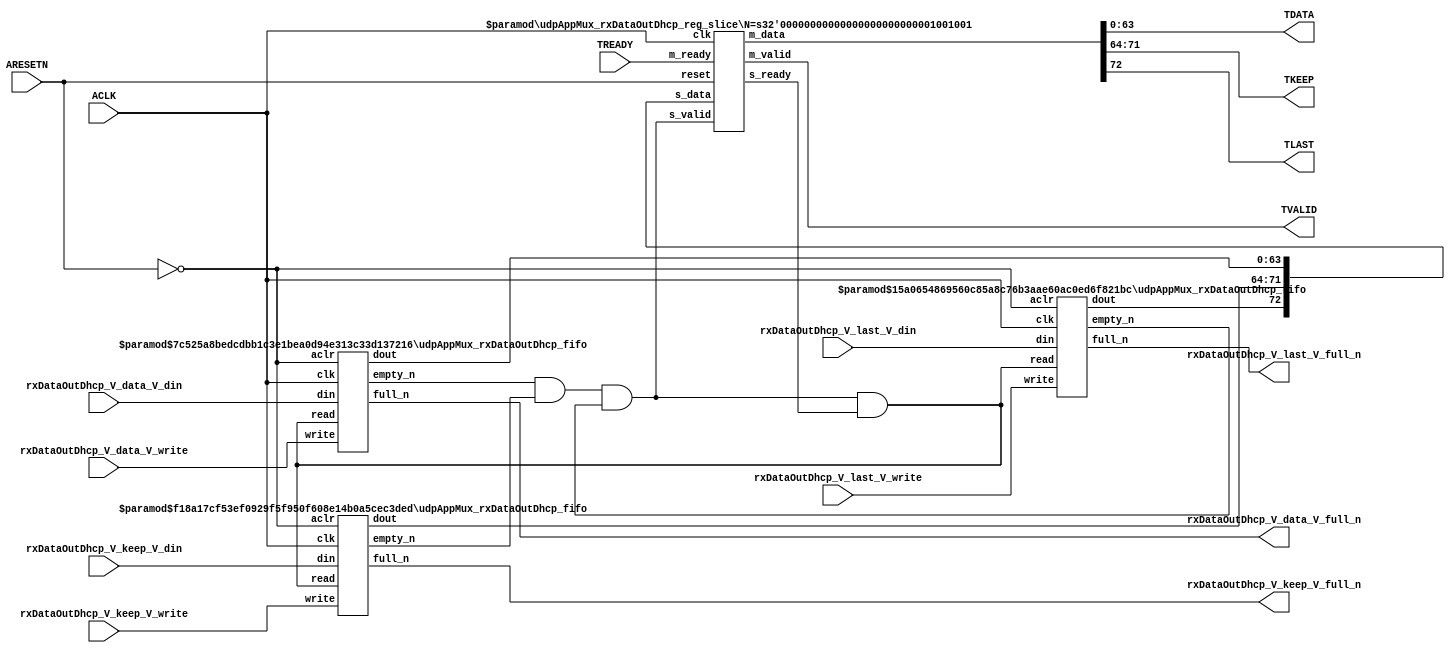
// ==============================================================
// File generated by Vivado(TM) HLS - High-Level Synthesis from C, C++ and SystemC
// Version: 2015.1
// Copyright (C) 2015 Xilinx Inc. All rights reserved.
// 
// ==============================================================


`timescale 1ns/1ps

module udpAppMux_rxDataOutDhcp_if (
    // AXI4-Stream singals
    input  wire        ACLK,
    input  wire        ARESETN,
    output wire        TVALID,
    input  wire        TREADY,
    output wire [63:0] TDATA,
    output wire [7:0]  TKEEP,
    output wire [0:0]  TLAST,
    // User signals
    input  wire [63:0] rxDataOutDhcp_V_data_V_din,
    output wire        rxDataOutDhcp_V_data_V_full_n,
    input  wire        rxDataOutDhcp_V_data_V_write,
    input  wire [7:0]  rxDataOutDhcp_V_keep_V_din,
    output wire        rxDataOutDhcp_V_keep_V_full_n,
    input  wire        rxDataOutDhcp_V_keep_V_write,
    input  wire [0:0]  rxDataOutDhcp_V_last_V_din,
    output wire        rxDataOutDhcp_V_last_V_full_n,
    input  wire        rxDataOutDhcp_V_last_V_write
);
//------------------------Local signal-------------------
// FIFO
wire [0:0]  fifo_read;
wire [0:0]  fifo_empty_n;
wire [63:0] rxDataOutDhcp_V_data_V_dout;
wire [0:0]  rxDataOutDhcp_V_data_V_empty_n;
wire [7:0]  rxDataOutDhcp_V_keep_V_dout;
wire [0:0]  rxDataOutDhcp_V_keep_V_empty_n;
wire [0:0]  rxDataOutDhcp_V_last_V_dout;
wire [0:0]  rxDataOutDhcp_V_last_V_empty_n;
// register slice
wire [0:0]  s_valid;
wire [0:0]  s_ready;
wire [72:0] s_data;
wire [0:0]  m_valid;
wire [0:0]  m_ready;
wire [72:0] m_data;

//------------------------Instantiation------------------
// rs
udpAppMux_rxDataOutDhcp_reg_slice #(
    .N       ( 73 )
) rs (
    .clk     ( ACLK ),
    .reset   ( ARESETN ),
    .s_data  ( s_data ),
    .s_valid ( s_valid ),
    .s_ready ( s_ready ),
    .m_data  ( m_data ),
    .m_valid ( m_valid ),
    .m_ready ( m_ready )
);

// rxDataOutDhcp_V_data_V_fifo
udpAppMux_rxDataOutDhcp_fifo #(
    .DATA_BITS  ( 64 ),
    .DEPTH_BITS ( 4 )
) rxDataOutDhcp_V_data_V_fifo (
    .clk        ( ACLK ),
    .aclr       ( ~ARESETN ),
    .empty_n    ( rxDataOutDhcp_V_data_V_empty_n ),
    .full_n     ( rxDataOutDhcp_V_data_V_full_n ),
    .read       ( fifo_read ),
    .write      ( rxDataOutDhcp_V_data_V_write ),
    .dout       ( rxDataOutDhcp_V_data_V_dout ),
    .din        ( rxDataOutDhcp_V_data_V_din )
);

// rxDataOutDhcp_V_keep_V_fifo
udpAppMux_rxDataOutDhcp_fifo #(
    .DATA_BITS  ( 8 ),
    .DEPTH_BITS ( 4 )
) rxDataOutDhcp_V_keep_V_fifo (
    .clk        ( ACLK ),
    .aclr       ( ~ARESETN ),
    .empty_n    ( rxDataOutDhcp_V_keep_V_empty_n ),
    .full_n     ( rxDataOutDhcp_V_keep_V_full_n ),
    .read       ( fifo_read ),
    .write      ( rxDataOutDhcp_V_keep_V_write ),
    .dout       ( rxDataOutDhcp_V_keep_V_dout ),
    .din        ( rxDataOutDhcp_V_keep_V_din )
);

// rxDataOutDhcp_V_last_V_fifo
udpAppMux_rxDataOutDhcp_fifo #(
    .DATA_BITS  ( 1 ),
    .DEPTH_BITS ( 4 )
) rxDataOutDhcp_V_last_V_fifo (
    .clk        ( ACLK ),
    .aclr       ( ~ARESETN ),
    .empty_n    ( rxDataOutDhcp_V_last_V_empty_n ),
    .full_n     ( rxDataOutDhcp_V_last_V_full_n ),
    .read       ( fifo_read ),
    .write      ( rxDataOutDhcp_V_last_V_write ),
    .dout       ( rxDataOutDhcp_V_last_V_dout ),
    .din        ( rxDataOutDhcp_V_last_V_din )
);

//------------------------Body---------------------------
//++++++++++++++++++++++++AXI4-Stream++++++++++++++++++++
assign TVALID = m_valid;
assign TDATA  = m_data[63:0];
assign TKEEP  = m_data[71:64];
assign TLAST  = m_data[72:72];

//+++++++++++++++++++++++++++++++++++++++++++++++++++++++

//++++++++++++++++++++++++Reigister Slice++++++++++++++++
assign s_valid = fifo_empty_n;
assign m_ready = TREADY;
assign s_data  = {rxDataOutDhcp_V_last_V_dout, rxDataOutDhcp_V_keep_V_dout, rxDataOutDhcp_V_data_V_dout};

//+++++++++++++++++++++++++++++++++++++++++++++++++++++++

//++++++++++++++++++++++++FIFO+++++++++++++++++++++++++++
assign fifo_read    = fifo_empty_n & s_ready;
assign fifo_empty_n = rxDataOutDhcp_V_data_V_empty_n & rxDataOutDhcp_V_keep_V_empty_n & rxDataOutDhcp_V_last_V_empty_n;

//+++++++++++++++++++++++++++++++++++++++++++++++++++++++

endmodule



`timescale 1ns/1ps

module udpAppMux_rxDataOutDhcp_fifo
#(parameter
    DATA_BITS  = 8,
    DEPTH_BITS = 4
)(
    input  wire                 clk,
    input  wire                 aclr,
    output wire                 empty_n,
    output wire                 full_n,
    input  wire                 read,
    input  wire                 write,
    output wire [DATA_BITS-1:0] dout,
    input  wire [DATA_BITS-1:0] din
);
//------------------------Parameter----------------------
localparam
    DEPTH = 1 << DEPTH_BITS;
//------------------------Local signal-------------------
reg                   empty;
reg                   full;
reg  [DEPTH_BITS-1:0] index;
reg  [DATA_BITS-1:0]  mem[0:DEPTH-1];
//------------------------Body---------------------------
assign empty_n = ~empty;
assign full_n  = ~full;
assign dout    = mem[index];

// empty
always @(posedge clk or posedge aclr) begin
    if (aclr)
        empty <= 1'b1;
    else if (empty & write & ~read)
        empty <= 1'b0;
    else if (~empty & ~write & read & (index==1'b0))
        empty <= 1'b1;
end

// full
always @(posedge clk or posedge aclr) begin
    if (aclr)
        full <= 1'b0;
    else if (full & read & ~write)
        full <= 1'b0;
    else if (~full & ~read & write & (index==DEPTH-2'd2))
        full <= 1'b1;
end

// index
always @(posedge clk or posedge aclr) begin
    if (aclr)
        index <= {DEPTH_BITS{1'b1}};
    else if (~empty & ~write & read)
        index <= index - 1'b1;
    else if (~full & ~read & write)
        index <= index + 1'b1;
end

// mem
always @(posedge clk) begin
    if (~full & write) mem[0] <= din;
end

genvar i;
generate
    for (i = 1; i < DEPTH; i = i + 1) begin : gen_sr
        always @(posedge clk) begin
            if (~full & write) mem[i] <= mem[i-1];
        end
    end
endgenerate

endmodule

`timescale 1ns/1ps

module udpAppMux_rxDataOutDhcp_reg_slice
#(parameter
    N = 8   // data width
) (
    // system signals
    input  wire         clk,
    input  wire         reset,
    // slave side
    input  wire [N-1:0] s_data,
    input  wire         s_valid,
    output wire         s_ready,
    // master side
    output wire [N-1:0] m_data,
    output wire         m_valid,
    input  wire         m_ready
);
//------------------------Parameter----------------------
// state
localparam [1:0]
    ZERO = 2'b10,
    ONE  = 2'b11,
    TWO  = 2'b01;
//------------------------Local signal-------------------
reg  [N-1:0] data_p1;
reg  [N-1:0] data_p2;
wire         load_p1;
wire         load_p2;
wire         load_p1_from_p2;
reg          s_ready_t;
reg  [1:0]   state;
reg  [1:0]   next;
//------------------------Body---------------------------
assign s_ready = s_ready_t;
assign m_data  = data_p1;
assign m_valid = state[0];

assign load_p1 = (state == ZERO && s_valid) ||
                 (state == ONE && s_valid && m_ready) ||
                 (state == TWO && m_ready);
assign load_p2 = s_valid & s_ready;
assign load_p1_from_p2 = (state == TWO);

// data_p1
always @(posedge clk) begin
    if (load_p1) begin
        if (load_p1_from_p2)
            data_p1 <= data_p2;
        else
            data_p1 <= s_data;
    end
end

// data_p2
always @(posedge clk) begin
    if (load_p2) data_p2 <= s_data;
end

// s_ready_t
always @(posedge clk) begin
    if (~reset)
        s_ready_t <= 1'b0;
    else if (state == ZERO)
        s_ready_t <= 1'b1;
    else if (state == ONE && next == TWO)
        s_ready_t <= 1'b0;
    else if (state == TWO && next == ONE)
        s_ready_t <= 1'b1;
end

// state
always @(posedge clk) begin
    if (~reset)
        state <= ZERO;
    else
        state <= next;
end

// next
always @(*) begin
    case (state)
        ZERO:
            if (s_valid & s_ready)
                next = ONE;
            else
                next = ZERO;
        ONE:
            if (~s_valid & m_ready)
                next = ZERO;
            else if (s_valid & ~m_ready)
                next = TWO;
            else
                next = ONE;
        TWO:
            if (m_ready)
                next = ONE;
            else
                next = TWO;
        default:
            next = ZERO;
    endcase
end

endmodule